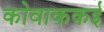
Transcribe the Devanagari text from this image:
कोवाककई